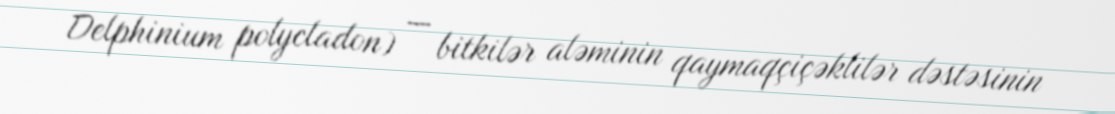
Delphinium polycladon) — bitkilər aləminin qaymaqçiçəklilər dəstəsinin